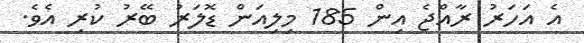
އެ އަހަރު ރާއްޖެ އިން 185 މިލިއަން ޑޮލަރު ބޭރު ކުރި އެވެ.